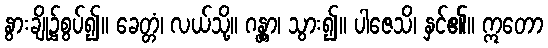
နွားချို၌စွပ်၍။ ခေတ္တံ၊ လယ်သို့။ ဂန္တွာ၊ သွား၍။ ပါဇေသိ၊ နှင်၏။ ဣတော